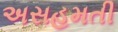
અસહમતી